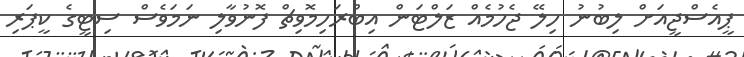
ޕީއެސްޖީއަށް ލިބުނު ހިލޭ ޖެހުމެއް ޒަލްޓަން އިބްރަހިމޮވިޗް ފޮނުވާލި ނަމަވެސް ސިޓީގެ ކީޕަރި